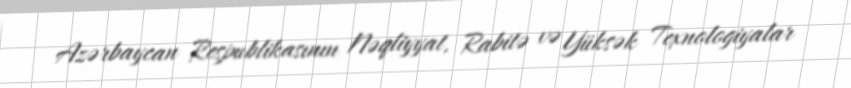
Azərbaycan Respublikasının Nəqliyyat, Rabitə və Yüksək Texnologiyalar